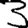
Digit: 3